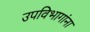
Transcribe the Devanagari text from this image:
उपविभागांना